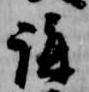
講